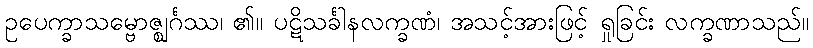
ဥပေက္ခာသမ္ဗောဇ္ဈင်္ဂဿ၊ ၏။ ပဋိသင်္ခါနလက္ခဏံ၊ အသင့်အားဖြင့် ရှုခြင်း လက္ခဏာသည်။